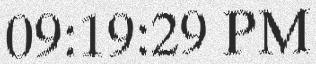
09:19:29 PM